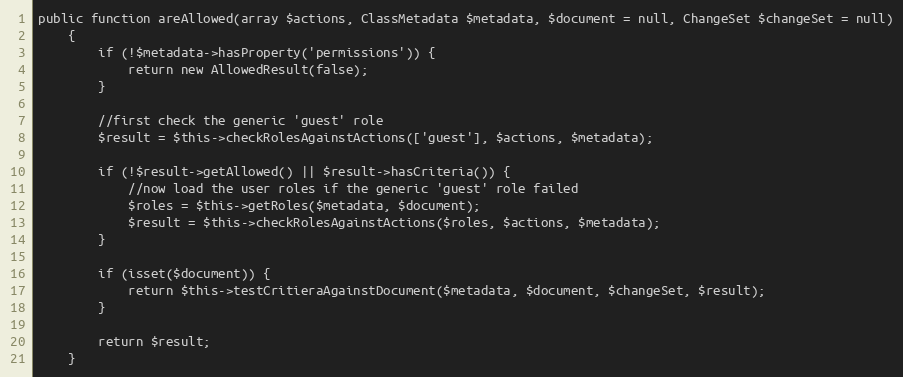
Language: PHP
public function areAllowed(array $actions, ClassMetadata $metadata, $document = null, ChangeSet $changeSet = null)
    {
        if (!$metadata->hasProperty('permissions')) {
            return new AllowedResult(false);
        }

        //first check the generic 'guest' role
        $result = $this->checkRolesAgainstActions(['guest'], $actions, $metadata);

        if (!$result->getAllowed() || $result->hasCriteria()) {
            //now load the user roles if the generic 'guest' role failed
            $roles = $this->getRoles($metadata, $document);
            $result = $this->checkRolesAgainstActions($roles, $actions, $metadata);
        }

        if (isset($document)) {
            return $this->testCritieraAgainstDocument($metadata, $document, $changeSet, $result);
        }

        return $result;
    }